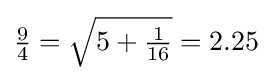
\textstyle {\tfrac {9}{4}}={\sqrt {5+{\tfrac {1}{16}}}}=2.25